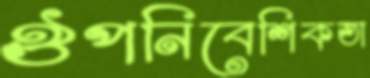
ঔপনিবেশিকতা